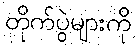
တိုက်ပွဲများကို